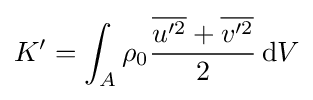
K'=\int _{A}\rho _{0}{\frac {{\overline {u'^{2}}}+{\overline {v'^{2}}}}{2}}\,\mathrm {d} V